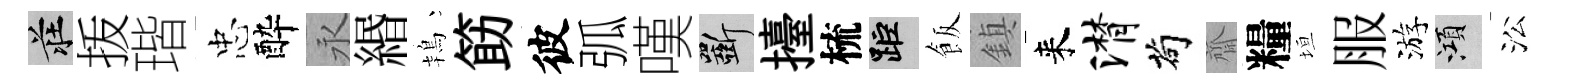
莊㧞瑎忠酔永緡鴇筯彼弧嘆斫擡梳距飯鎮来潸茍齋糧垣服游澒㳂